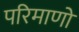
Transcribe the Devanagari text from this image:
परिमाणो